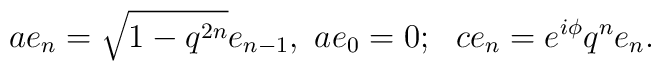
ae_{n} = \sqrt{1-q^{2n}} e_{n-1},~ae_{0}=0;~~ce_n = e^{i\phi} q^n e_n.